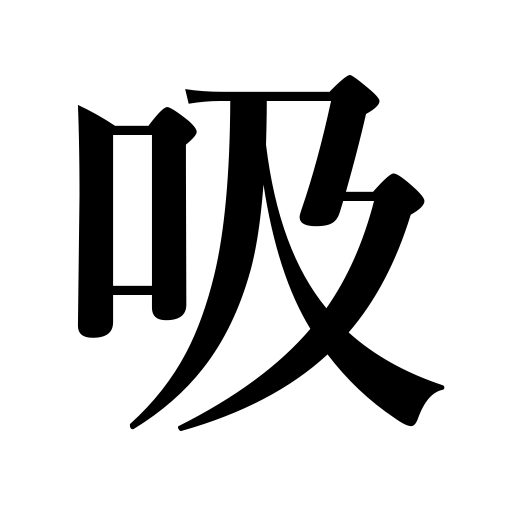
Meanings: sip,suck,imbibe,suck out,inhale